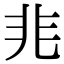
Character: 𭀡